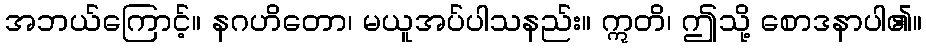
အဘယ်ကြောင့်။ နဂဟိတော၊ မယူအပ်ပါသနည်း။ ဣတိ၊ ဤသို့ စောဒနာပါ၏။